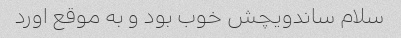
سلام ساندویچش خوب بود و به موقع اورد